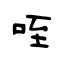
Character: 咥